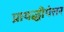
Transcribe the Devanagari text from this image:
प्रायद्धीपेत्तर